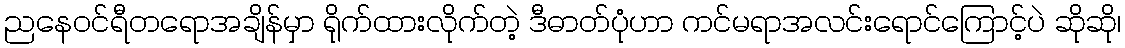
ညနေဝင်ရီတရောအချိန်မှာ ရိုက်ထားလိုက်တဲ့ ဒီဓာတ်ပုံဟာ ကင်မရာအလင်းရောင်ကြောင့်ပဲ ဆိုဆို၊